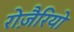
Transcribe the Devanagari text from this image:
रोज़ैरियो